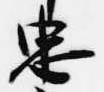
忠